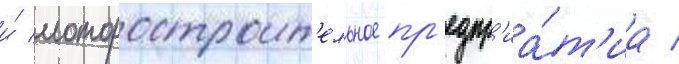
и́ моторостроит'ельное пр'едпр'иа́т'иа /